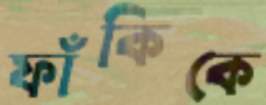
ফাঁকিকে